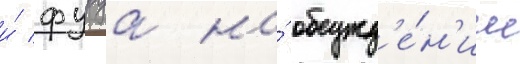
и́ фуруа на́ обсужд'е́н'ии